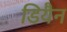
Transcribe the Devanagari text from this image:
डियैन